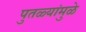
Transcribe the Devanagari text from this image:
पुतळ्यांमुळे